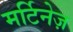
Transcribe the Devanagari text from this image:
मर्टिनेज़